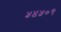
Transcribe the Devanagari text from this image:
५४५०९